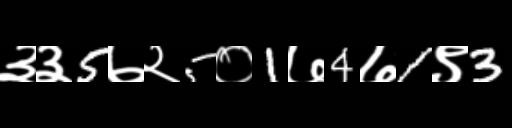
Text: ३३5७२5०1७4७1९3